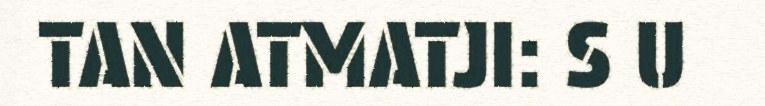
TAN ATMATJI: S U